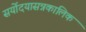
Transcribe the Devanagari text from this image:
सर्योदयासन्नकालिक